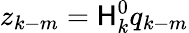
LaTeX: z_{k-m}=\mathsf{H}_{k}^{0}q_{k-m}